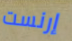
إرنست